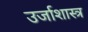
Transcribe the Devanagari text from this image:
उर्जाशास्त्र